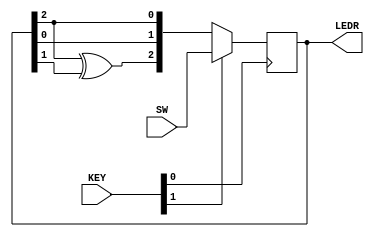
module top_module (
	input [2:0] SW,      
	input [1:0] KEY,     
	output [2:0] LEDR); 
    
always @(posedge KEY[0])
    LEDR <= KEY[1] ? SW : {LEDR[2] ^ LEDR[1], LEDR[0], LEDR[2]};



endmodule